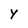
Character: Y